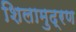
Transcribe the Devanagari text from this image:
शिलामुद्रण